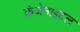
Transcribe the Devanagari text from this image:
कंजेनाइटल